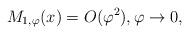
LaTeX: \begin{align*}M_{1,\varphi}(x)=O(\varphi^2), \varphi\to0,\end{align*}